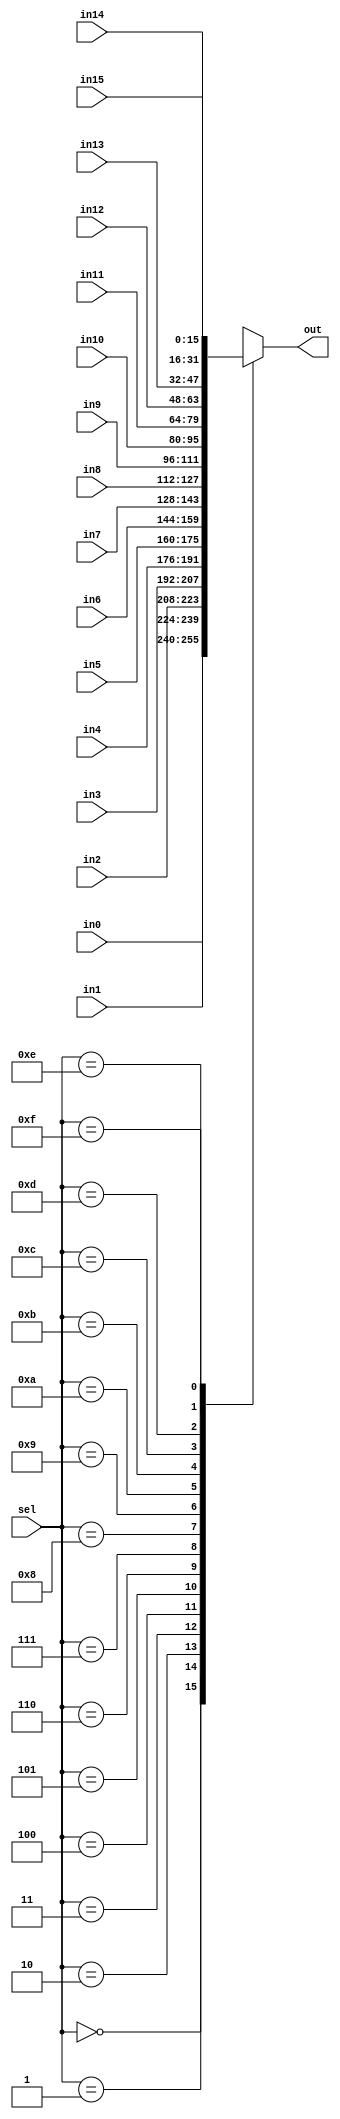
module mux_16 (in0, in1, in2, in3, in4, in5, in6, in7, in8, in9, 
							in10, in11, in12, in13, in14, in15, sel, out); 

input [15:0] in0; 
input [15:0] in1;
input [15:0] in2;
input [15:0] in3; 
input [15:0] in4; 
input [15:0] in5;
input [15:0] in6;
input [15:0] in7;
input [15:0] in8; 
input [15:0] in9;
input [15:0] in10;
input [15:0] in11;
input [15:0] in12; 
input [15:0] in13;
input [15:0] in14;
input [15:0] in15;
input [3:0] sel;
output reg [15:0] out;

	always @(sel or in0 or in1 or in2 or 
					in3 or in4 or in5 or in6 or 
						in7 or in8 or in9 or in10 or 
							in11 or in12 or in13 or in14 or in15)
	begin
		case (sel)
			4'b0000  : out <= in0;
			4'b0001  : out <= in1;
			4'b0010  : out <= in2;
			4'b0011  : out <= in3;
			4'b0100  : out <= in4;
			4'b0101  : out <= in5;
			4'b0110  : out <= in6;
			4'b0111  : out <= in7;
			4'b1000  : out <= in8;
			4'b1001  : out <= in9;
			4'b1010  : out <= in10;
			4'b1011  : out <= in11;
			4'b1100  : out <= in12;
			4'b1101  : out <= in13;
			4'b1110  : out <= in14;
			4'b1111  : out <= in15;
			default : out <= 16'bXXXXXXXXXXXXXXXX; 
		endcase
	end

endmodule